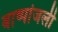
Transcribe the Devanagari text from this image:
बाष्पांजली